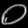
Digit: ၀